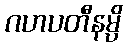
ဂဟပတီနမ္ပိ